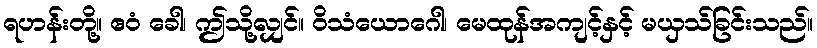
ရဟန်းတို့။ ဧဝံ ခေါ၊ ဤသို့လျှင်။ ဝိသံယောဂေါ၊ မေထုန်အကျင့်နှင့် မယှသ်ခြင်းသည်။